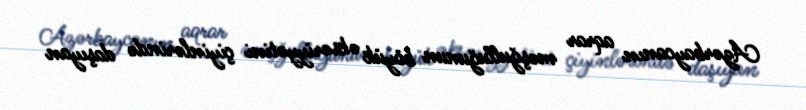
Azərbaycanın aqrar məşğulluğunun böyük əksəriyyətini çiyinlərində daşıyan